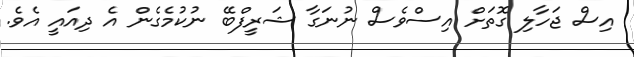
އިސް ޖަހާލި ގޮތަށް އިސްވެސް ނުނަގާ ޝަރީފްބޭ ނުކުމެގެން އެ ދިއައީ އެވެ.